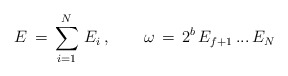
\begin{align*}E\,=\,\sum_{i=1}^N\,E_i\,,\qquad\omega\,=\,2^b\,E_{f+1}\,...\,E_{N}\end{align*}